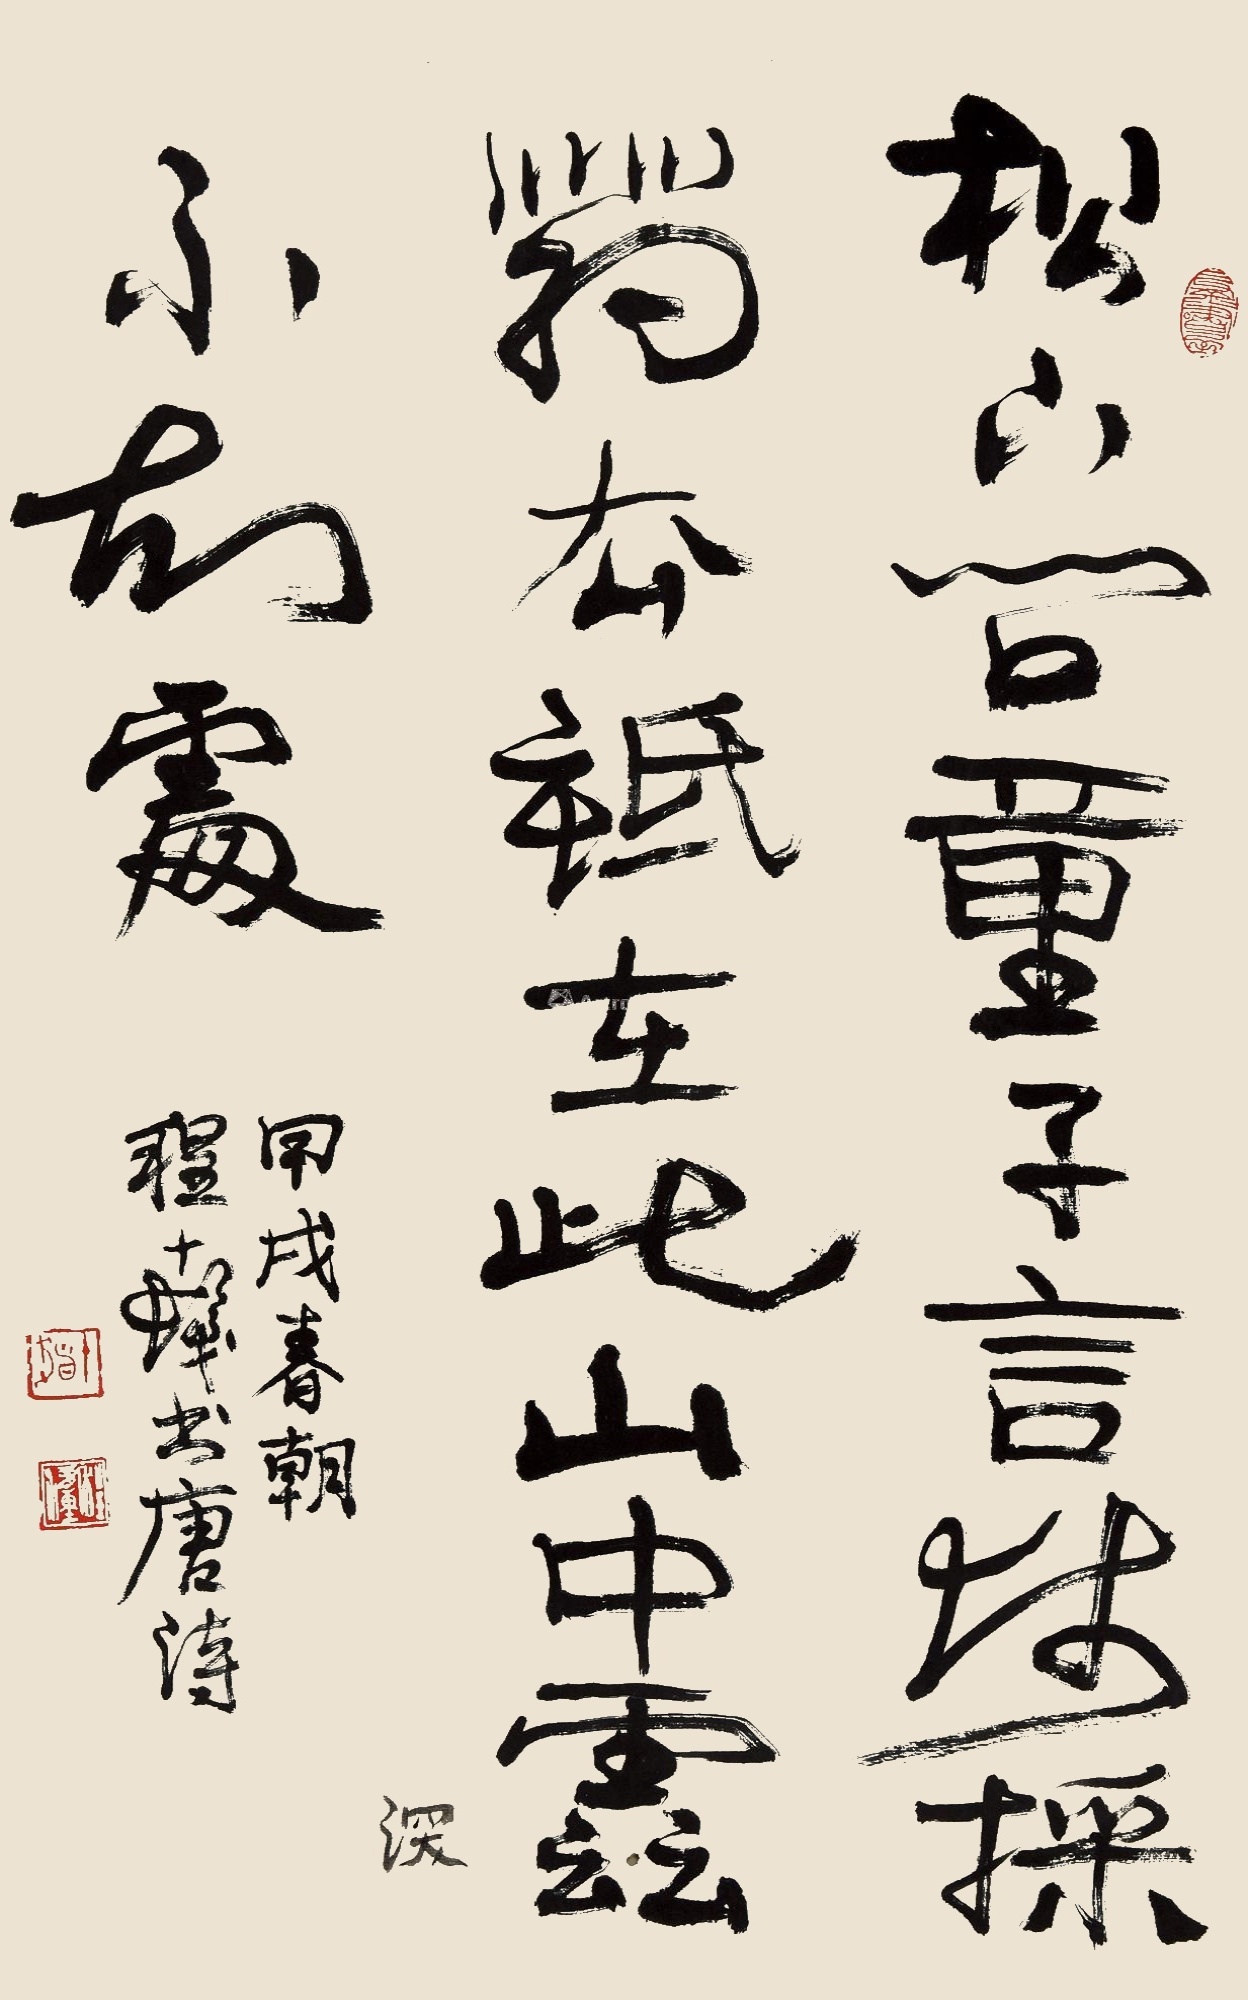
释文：松下问童子，言师采药去。只在此山中，云深不知处。甲戌春朝，程十发书唐诗。